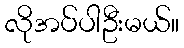
လိုအပ်ပါဦးမယ်။